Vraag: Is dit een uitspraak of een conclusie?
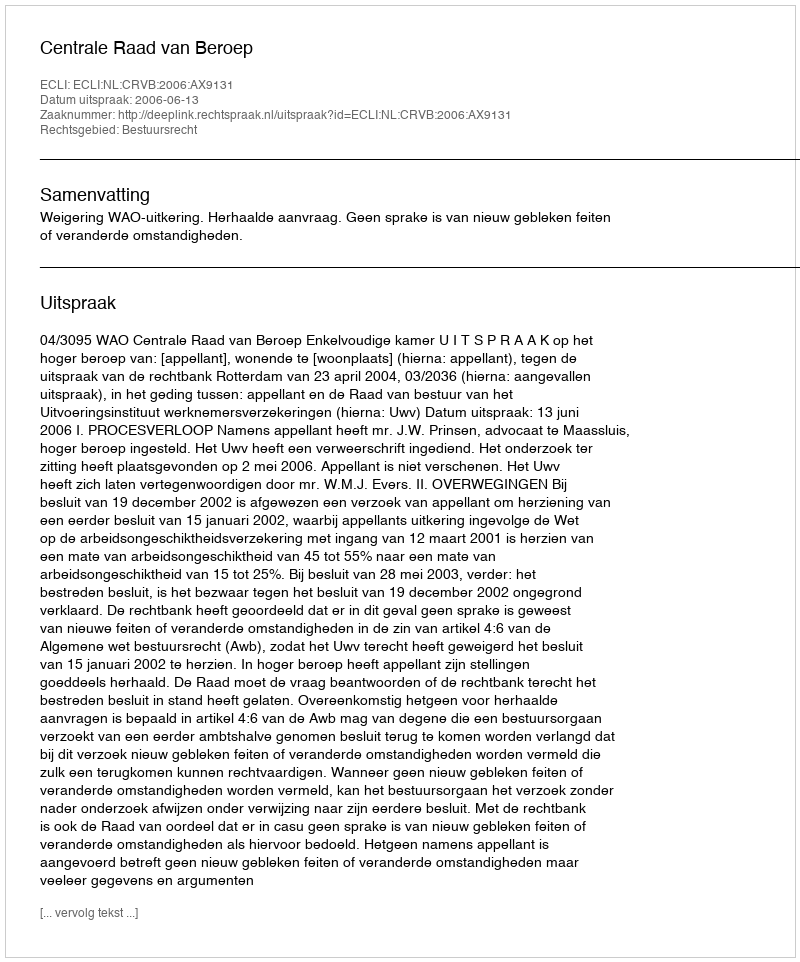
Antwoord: Uitspraak